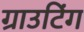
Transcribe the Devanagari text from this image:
ग्राउटिंग